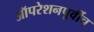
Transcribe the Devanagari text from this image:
ऑपरेशनपूर्वीच